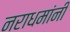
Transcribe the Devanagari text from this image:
नराधमांनी